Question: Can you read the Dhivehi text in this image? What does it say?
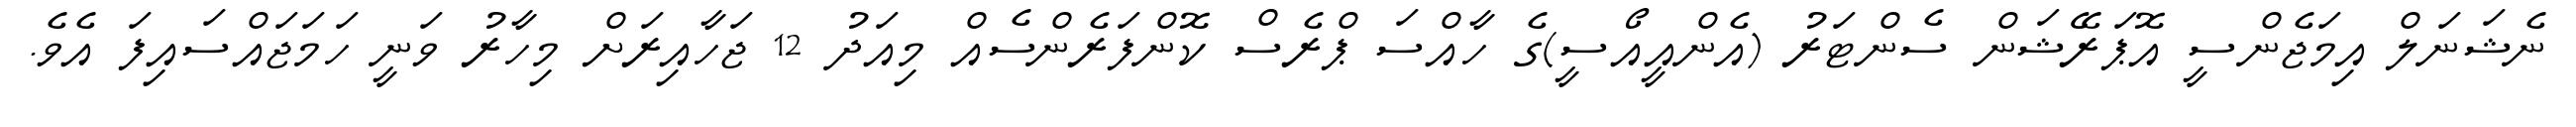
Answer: ނެޝަނަލް އިމަޖެންސީ އޮޕަރޭޝަން ސެންޓަރު (އެންއީއޯސީ)ގެ ހާއްސަ ޕްރެސް ކޮންފަރެންސެއް މިއަދު 12 ޖަހާއިރަށް މިހާރު ވަނީ ހަމަޖައްސައިފަ އެވެ.